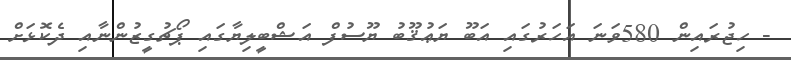
- ހިޖުރައިން 580ވަނަ އަހަރުގައި އަބޫ ޔަޢުޤޫބު ޔޫސުފް އަޝްބީލިޔާގައި ޕޯޗުގީޒުންނާއި ދެކޮޅަށް